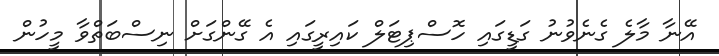
އޭނާ މާލެ ގެނެވުނު ގަޑީގައި ހޮސްޕިޓަލް ކައިރީގައި އެ ގޭންގަށް ނިސްބަތްވާ މީހުން